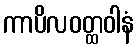
ကာပိလဝတ္ထဝါနံ